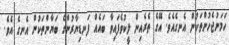
ހަމަނުޖެހުންތަކުން އެނގެއެވެ. އޭގެ ތެރެއިން ލީކުވެފައިވާ ބައެއް ފަނޑިޔާރުންގެ ބަޔާންތަކުން އެނގެ އެވެ.